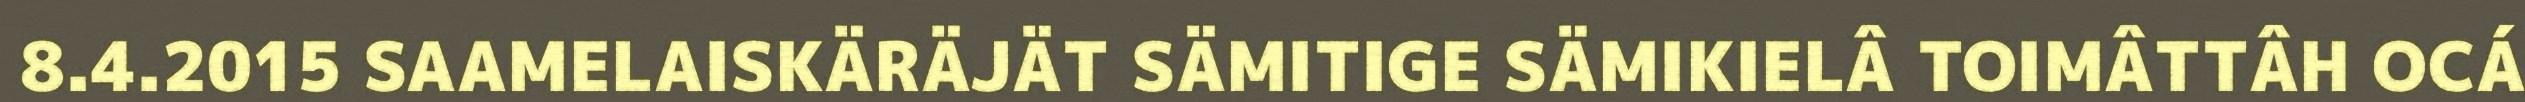
8.4.2015 SAAMELAISKÄRÄJÄT SÄMITIGE SÄMIKIELÂ TOIMÂTTÂH OCÁ